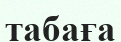
табаға